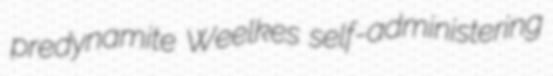
predynamite Weelkes self-administering